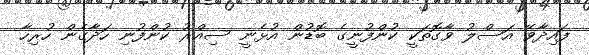
ފައިދާވޭ އަސްލު ވާގޮތަކީ ކުންފުނީގެ ބޮޑުން އުޅެނީ ސިއްރު ކުންފުނި ހަދާގެން ހުރިހާ